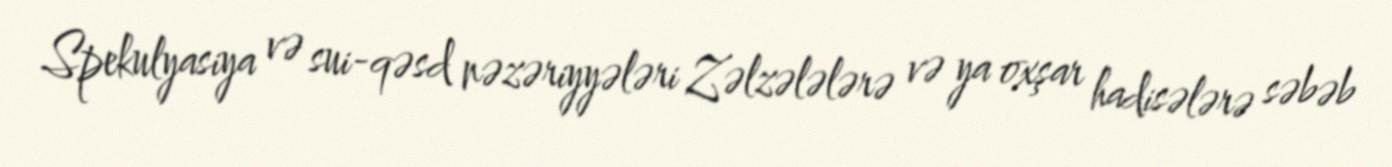
Spekulyasiya və sui-qəsd nəzəriyyələri Zəlzələlərə və ya oxşar hadisələrə səbəb